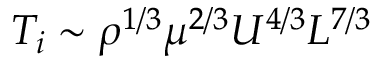
T _ { i } \sim \rho ^ { 1 / 3 } \mu ^ { 2 / 3 } U ^ { 4 / 3 } L ^ { 7 / 3 }